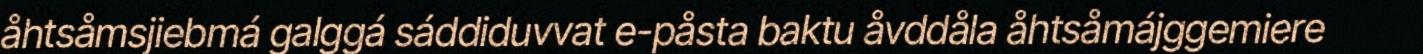
åhtsåmsjiebmá galggá sáddiduvvat e-påsta baktu åvddåla åhtsåmájggemiere